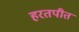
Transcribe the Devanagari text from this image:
हरतपीत